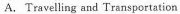
A.Travelling and Transportation